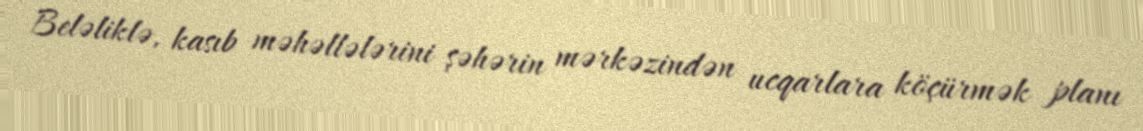
Beləliklə, kasıb məhəllələrini şəhərin mərkəzindən ucqarlara köçürmək planı